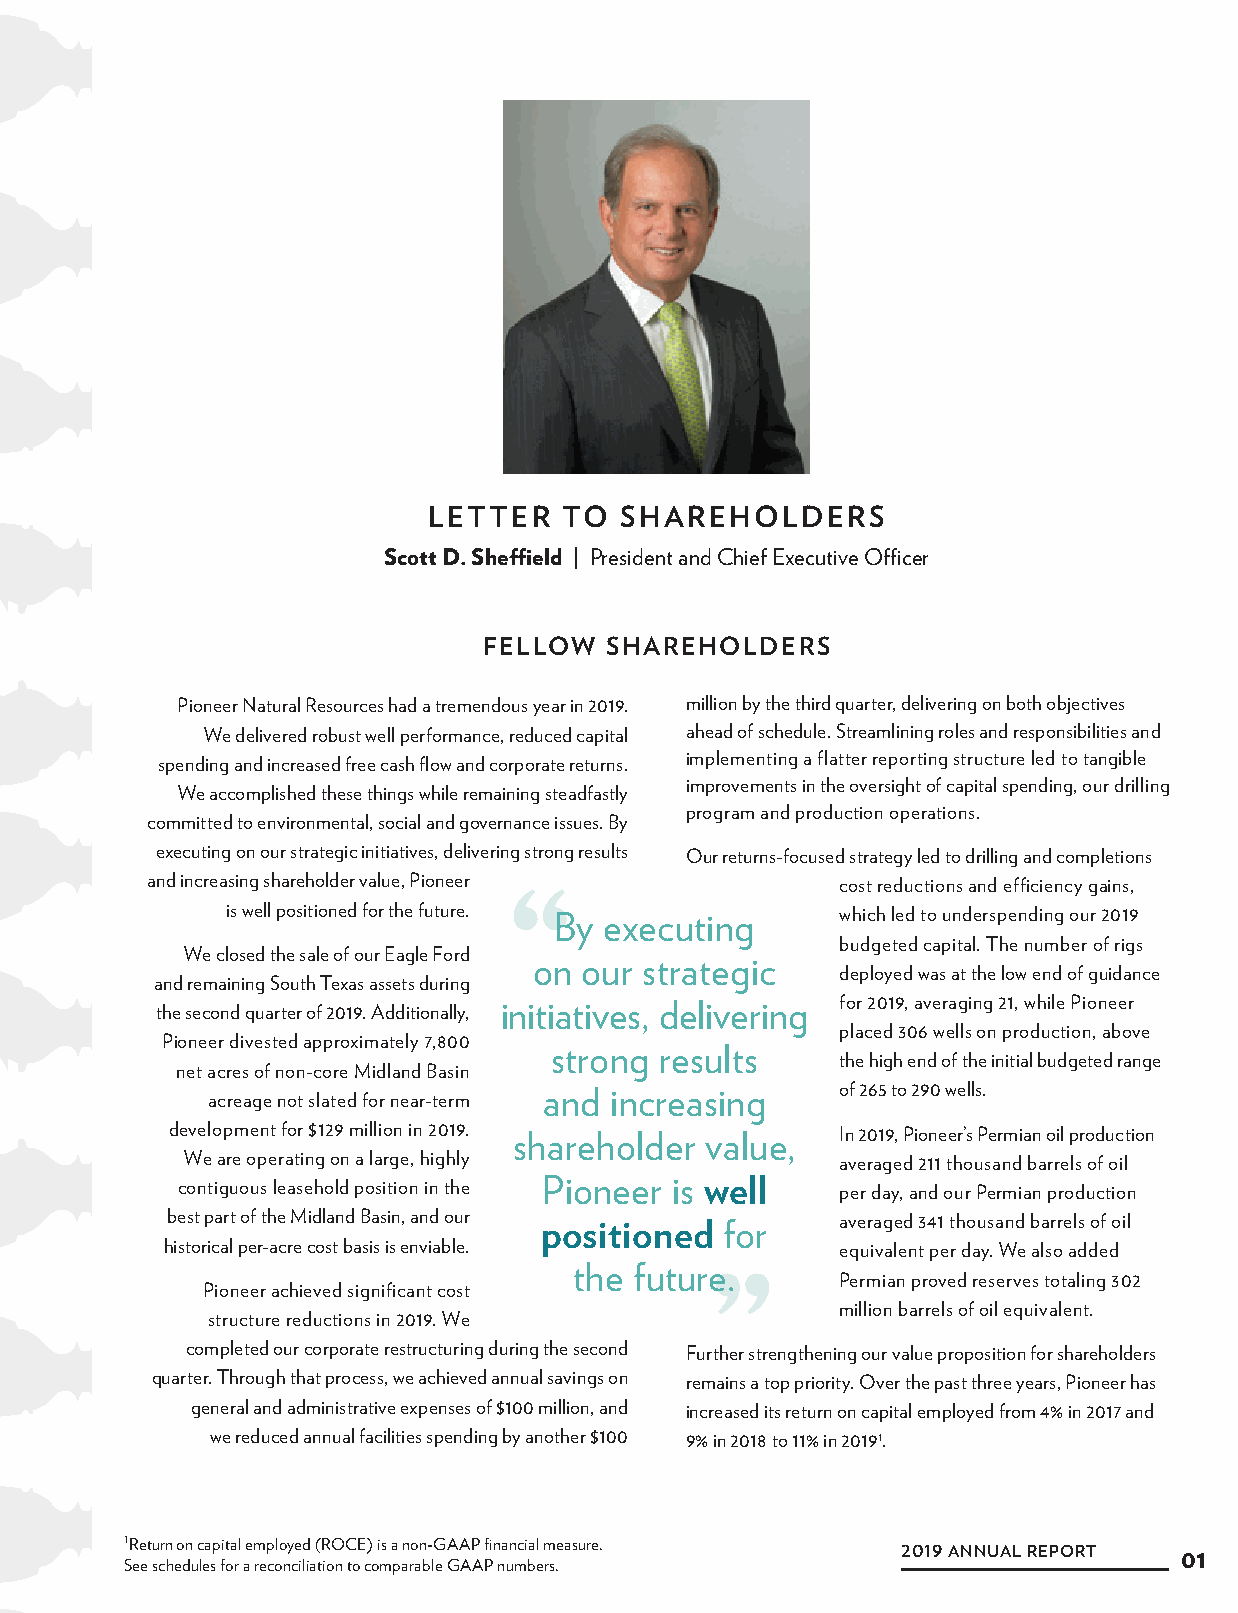
LETTER   TO  SHAREHOLDERS
 Scott D. Sheffield | President and Chief Executive Officer
 FELLOW  SHAREHOLDERS
 Pioneer Natural Resources had a tremendous year in 2019. million by the third quarter, delivering on both objectives
 We delivered robust well performance, reduced capital ahead of schedule. Streamlining roles and responsibilities and
 spending and increased free cash flow and corporate returns. implementing a flatter reporting structure led to tangible
 improvements in the oversight of capital spending, our drilling
 We accomplished these things while remaining steadfastly
 program and production operations.
 committed to environmental, social and governance issues. By
 executing on our strategic initiatives, delivering strong results Our returns-focused strategy led to drilling and completions
 and increasing shareholder value, Pioneer ““  cost reductions and efficiency gains,
 is well positioned for the future. By executing which led to underspending our 2019
 budgeted capital. The number of rigs
 We closed the sale of our Eagle Ford
 on  our strategic
 deployed was at the low end of guidance
 and remaining South Texas assets during
 the second quarter of 2019. Additionally, initiatives, delivering for 2019, averaging 21, while Pioneer
 placed 306 wells on production, above
 Pioneer divested approximately 7,800
 strong  results
 the high end of the initial budgeted range
 net acres of non-core Midland Basin
 acreage not slated for near-term and increasing of 265 to 290 wells.
 development for $129 million in 2019. shareholder value, In 2019, Pioneer’s Permian oil production
 We are operating on a large, highly         averaged 211 thousand barrels of oil
 contiguous leasehold position in the Pioneer is well per day, and our Permian production
 best part of the Midland Basin, and our positioned for averaged 341 thousand barrels of oil
 historical per-acre cost basis is enviable.  equivalent per day. We also added
 the future””.
 Permian proved reserves totaling 302
 Pioneer achieved significant cost
 million barrels of oil equivalent.
 structure reductions in 2019. We
 completed our corporate restructuring during the second Further strengthening our value proposition for shareholders
 quarter. Through that process, we achieved annual savings on remains a top priority. Over the past three years, Pioneer has
 general and administrative expenses of $100 million, and increased its return on capital employed from 4% in 2017 and
 we reduced annual facilities spending by another $100 9% in 2018 to 11% in 20191.
 1Return on capital employed (ROCE) is a non-GAAP financial measure.
 2019 ANNUAL REPORT 01
 See schedules for a reconciliation to comparable GAAP numbers.